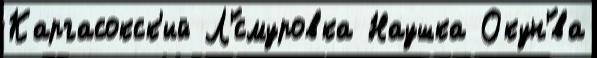
Каргасокск'ий Л'́смуровка Наушка Окун'́ва